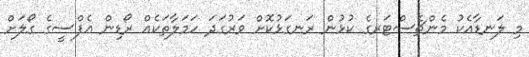
މި ލަނޑާއެކު މެންޗެސްޓަރގެ ކުޅުން ރަނގަޅުކޮށް ވަރުގަދަ ހަމަލާތަކެއް ރޯޑިން އެފްސީގެ ގޯލަށް